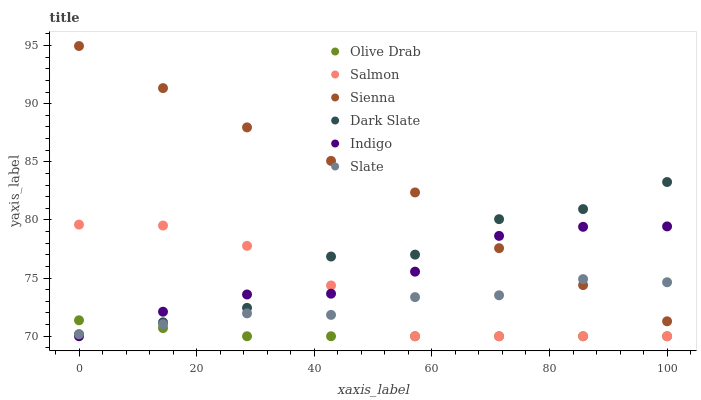
| xaxis_label | Olive Drab | Salmon | Sienna | Dark Slate | Indigo | Slate |
 | --- | --- | --- | --- | --- | --- | --- |
 | 0 | 71.4 | 79.6 | 95 | 70.2 | 70 | 70.2 |
 | 14.3 | 70.7 | 79.5 | 91.3 | 71.2 | 72.1 | 71 |
 | 28.6 | 70 | 77.8 | 88 | 72.4 | 73.6 | 72 |
 | 42.9 | 70 | 74.4 | 85.1 | 76.9 | 73.7 | 71.8 |
 | 57.1 | 70 | 70 | 82.4 | 77 | 75.6 | 73.4 |
 | 71.4 | 70 | 70 | 77.6 | 80.1 | 78.6 | 73.5 |
 | 85.7 | 70 | 70 | 74.4 | 80.9 | 79.4 | 74.9 |
 | 100 | 70 | 70 | 71.3 | 83.3 | 79.4 | 74.6 |